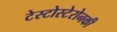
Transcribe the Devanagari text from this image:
टेस्टोस्टेरोनकी